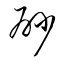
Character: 砂